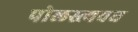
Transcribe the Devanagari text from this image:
पोलस्त्यवध